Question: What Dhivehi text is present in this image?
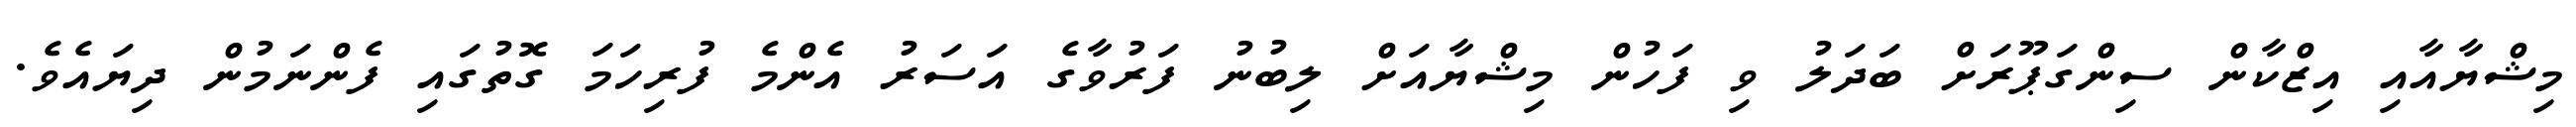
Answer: މިޝްޔާއާއި އިޒްކާން ސިންގަޕޫރަށް ބަދަލު ވި ފަހުން މިޝްޔާއަށް ލިބުނު ފަރުވާގެ އަސަރު އެންމެ ފުރިހަމަ ގޮތުގައި ފެންނަމުން ދިޔައެވެ.